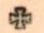
+